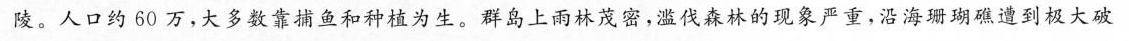
陵。人口约60万，大多数靠捕鱼和种植为生。群岛上雨林茂密，滥伐森林的现象严重，沿海珊瑚礁遭到极大破